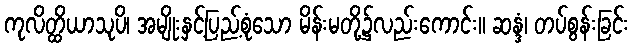
ကုလိတ္ထိယာသုပိ၊ အမျိုးနှင့်ပြည့်စုံသော မိန်းမတို့၌လည်းကောင်း။ ဆန္ဒံ၊ တပ်စွန်းခြင်း